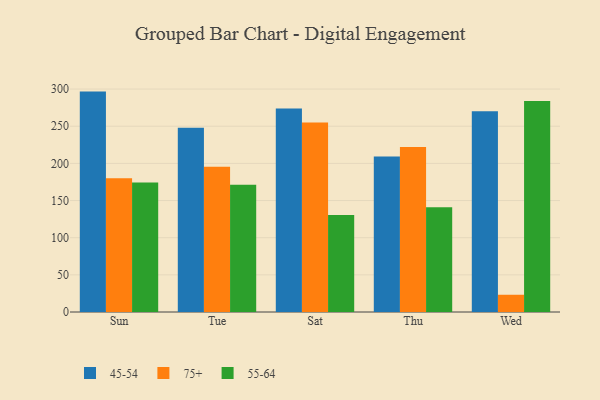
{"axis": {"x": "Day", "y": "Demand Index"}, "legend": ["45-54", "55-64", "75+"], "data": [{"x": "Sun", "y": 296.6, "type": "45-54"}, {"x": "Sun", "y": 179.9, "type": "75+"}, {"x": "Sun", "y": 174.2, "type": "55-64"}, {"x": "Tue", "y": 247.9, "type": "45-54"}, {"x": "Tue", "y": 195.4, "type": "75+"}, {"x": "Tue", "y": 171.1, "type": "55-64"}, {"x": "Sat", "y": 273.7, "type": "45-54"}, {"x": "Sat", "y": 254.9, "type": "75+"}, {"x": "Sat", "y": 130.5, "type": "55-64"}, {"x": "Thu", "y": 209.3, "type": "45-54"}, {"x": "Thu", "y": 222.0, "type": "75+"}, {"x": "Thu", "y": 140.9, "type": "55-64"}, {"x": "Wed", "y": 270.0, "type": "45-54"}, {"x": "Wed", "y": 23.2, "type": "75+"}, {"x": "Wed", "y": 283.9, "type": "55-64"}]}